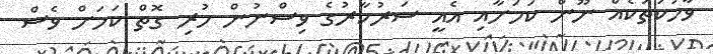
ވާހަކަތަކެއް ނޫން ކަމަށާއި އެއީ ސަރުކާރުގެ ވިސްނުން ހުރި ގޮތް ކަމަށް ވެސް